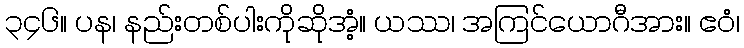
၃၄၆။ ပန၊ နည်းတစ်ပါးကိုဆိုအံ့။ ယဿ၊ အကြင်ယောဂီအား။ ဧဝံ၊